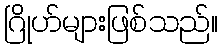
ဂြိုဟ်များဖြစ်သည်။